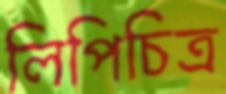
লিপিচিত্র